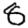
Digit: 8